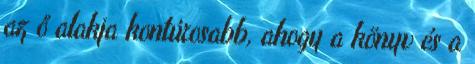
az ő alakja kontúrosabb, ahogy a könyv és a